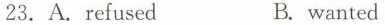
23.A.refused B.wanted